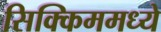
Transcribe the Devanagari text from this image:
सिक्किममध्ये